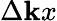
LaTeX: \Delta\mathbf{k}x